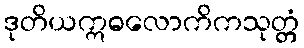
ဒုတိယဣဓလောကိကသုတ္တံ